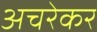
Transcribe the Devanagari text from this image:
अचरेकर